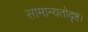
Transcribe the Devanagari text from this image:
सामान्यतोदृष्ट।